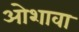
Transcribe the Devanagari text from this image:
ओशावा